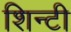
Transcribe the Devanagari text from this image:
शिन्टी